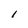
Character: 1